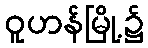
ဝူဟန်မြို့၌